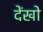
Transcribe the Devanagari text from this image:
देंखो